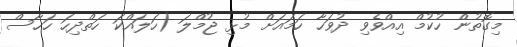
މިގޮތުން ހުކުމް އިއްވެވި ދުވަހާ ހަމައަށް މުޅި ޖުމްލަ (ހަލައްކަ ހަތްދިހަ ހަހާސް